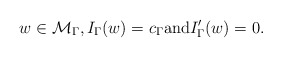
\begin{align*}w \in \mathcal{M}_\Gamma, I_{\Gamma}(w)=c_{\Gamma} \mbox{and} I_{\Gamma}'(w)=0.\end{align*}